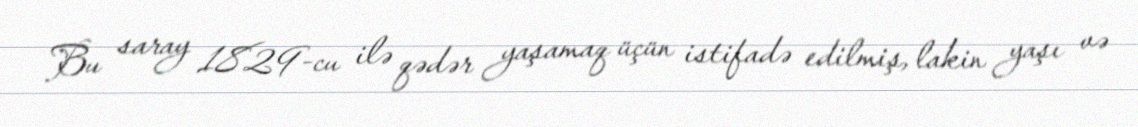
Bu saray 1829-cu ilə qədər yaşamaq üçün istifadə edilmiş, lakin yaşı və